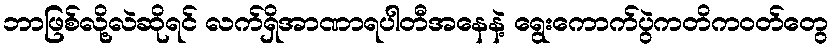
ဘာဖြစ်လို့လဲဆိုရင် လက်ရှိအာဏာရပါတီအနေနဲ့ ရွေးကောက်ပွဲကတိကဝတ်တွေ